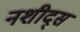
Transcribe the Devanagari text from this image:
नशीद्स